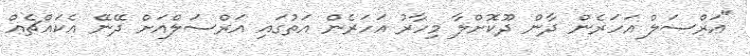
"އަރްސަލް އަހަރެން ދާން ދޫކޮށްލާ މިހާރު އަހަރެން އަތުގައި އަރްސަލްއަށް ދޭނޭ އެކައްޗެއް